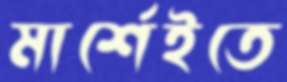
মার্শেইতে